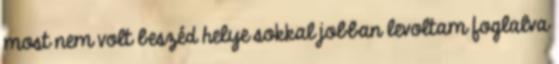
most nem volt beszéd helye sokkal jobban levoltam foglalva